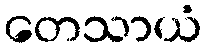
တေသာယံ